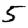
Digit: 5